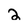
Character: 2